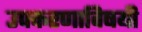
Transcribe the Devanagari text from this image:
उपकरणाविषयी